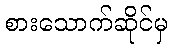
စားသောက်ဆိုင်မှ